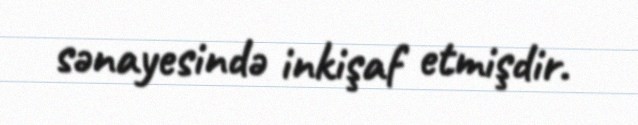
sənayesində inkişaf etmişdir.